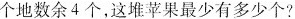
个地数余4个，这堆苹果最少有多少个?